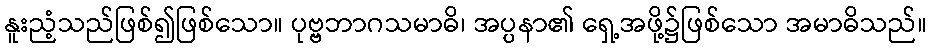
နူးညံ့သည်ဖြစ်၍ဖြစ်သော။ ပုဗ္ဗဘာဂသမာဓိ၊ အပ္ပနာ၏ ရှေ့အဖို့၌ဖြစ်သော အမာဓိသည်။